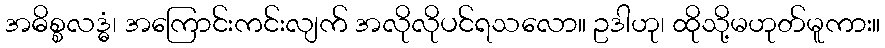
အဓိစ္စလဒ္ဓံ၊ အကြောင်းကင်းလျက် အလိုလိုပင်ရသလော။ ဥဒါဟု၊ ထိုသို့မဟုတ်မူကား။